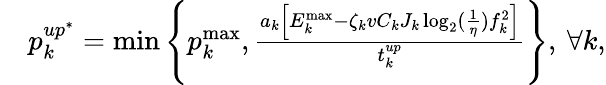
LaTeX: \begin{array}{rl}&{p_{k}^{up^{*}}=\operatorname*{min}\left\{ p_{k}^{\operatorname*{max}},\frac{a_{k}\Big[{{E}}_{k}^{\operatorname*{max}}-\zeta_{k}vC_{k}J_{k}\log_{2}(\frac{1}{\eta})f_{k}^{2}\Big]}{t_{k}^{up}}\right\} ,\: \forall k,}\end{array}